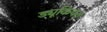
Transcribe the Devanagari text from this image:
ड्यूकियत